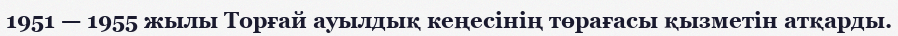
1951 — 1955 жылы Торғай ауылдық кеңесінің төрағасы қызметін атқарды.